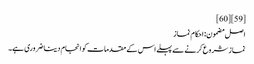
[59] [60]
اصل مضمون: احکام نماز
نماز شروع کرنے سے پہلے اس کے مقدمات کو انجام دینا ضروری ہے۔